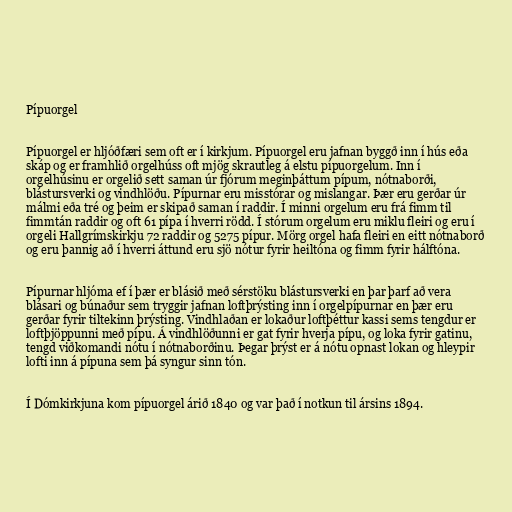
Pípuorgel

Pípuorgel er hljóðfæri sem oft er í kirkjum. Pípuorgel eru jafnan byggð inn í hús eða
skáp og er framhlið orgelhúss oft mjög skrautleg á elstu pípuorgelum. Inn í
orgelhúsinu er orgelið sett saman úr fjórum meginþáttum pípum, nótnaborði,
blástursverki og vindhlöðu. Pípurnar eru misstórar og mislangar. Þær eru gerðar úr
málmi eða tré og þeim er skipað saman í raddir. Í minni orgelum eru frá fimm til
fimmtán raddir og oft 61 pípa í hverri rödd. Í stórum orgelum eru miklu fleiri og eru í
orgeli Hallgrímskirkju 72 raddir og 5275 pípur. Mörg orgel hafa fleiri en eitt nótnaborð
og eru þannig að í hverri áttund eru sjö nótur fyrir heiltóna og fimm fyrir hálftóna.

Pípurnar hljóma ef í þær er blásið með sérstöku blástursverki en þar þarf að vera
blásari og búnaður sem tryggir jafnan loftþrýsting inn í orgelpípurnar en þær eru
gerðar fyrir tiltekinn þrýsting. Vindhlaðan er lokaður loftþéttur kassi sems tengdur er
loftþjöppunni með pípu. Á vindhlöðunni er gat fyrir hverja pípu, og loka fyrir gatinu,
tengd viðkomandi nótu í nótnaborðinu. Þegar þrýst er á nótu opnast lokan og hleypir
lofti inn á pípuna sem þá syngur sinn tón.

Í Dómkirkjuna kom pípuorgel árið 1840 og var það í notkun til ársins 1894.